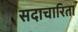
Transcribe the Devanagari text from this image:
सदाचारिता